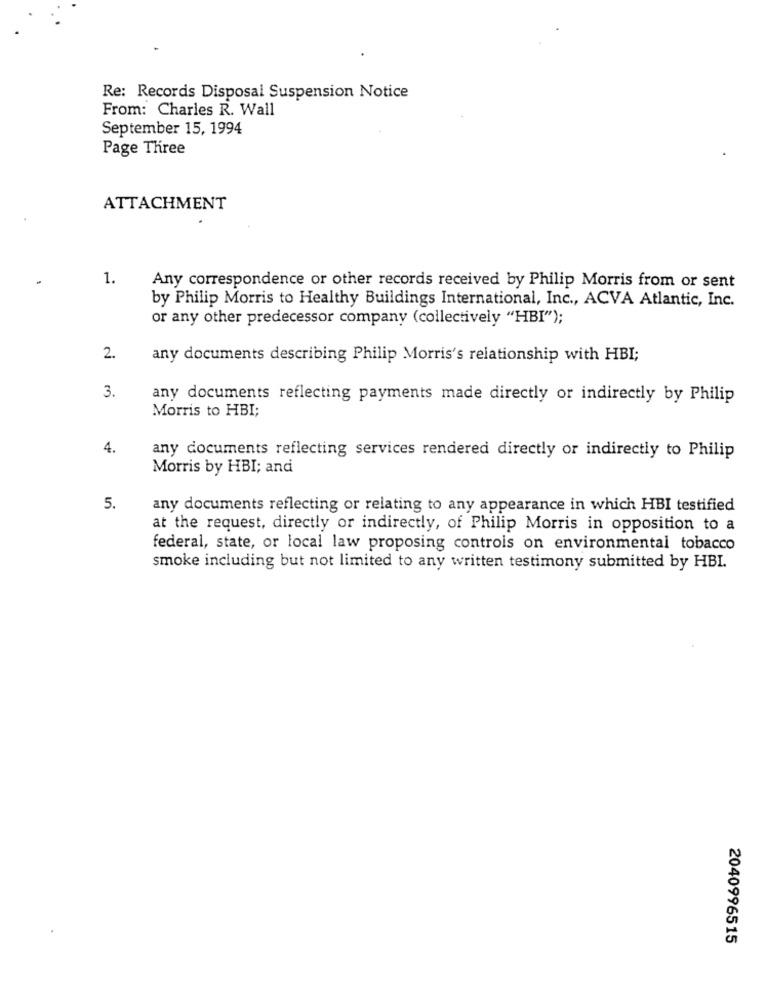
Re: Records Disposal Suspension Notice
From: Charles R. Wall
September 15, 1994
Page Three
ATTACHMENT
1.
Any correspondence or other records received by Philip Morris from or sent
by Philip Morris to Healthy Buildings International, Inc ., ACVA Atlantic, Inc.
or any other predecessor company (collectively "HBI");
2.
any documents describing Philip Morris's relationship with HBI;
3.
any documents reflecting payments made directly or indirectly by Philip
Morris to HBI;
4.
any documents reflecting services rendered directly or indirectly to Philip
Morris by HBI; and
5.
any documents reflecting or relating to any appearance in which HBI testified
at the request, directly or indirectly, of Philip Morris in opposition to a
federal, state, or local law proposing controis on environmental tobacco
smoke including but not limited to any written testimony submitted by HBI.
2040996515